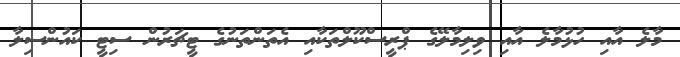
މާލެ އާއި ހުޅުމާލެ އާއި ވިލިމާލޭގެ ޕްރީސްކޫލްތަކާއި އެތަންތަނުގެ ޓީޗަރުން ސިޓީ ކައުންސިލާ